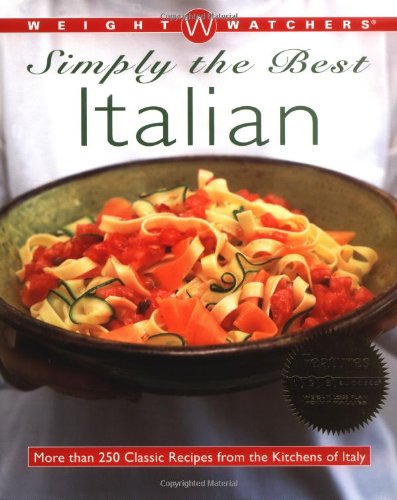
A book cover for Weight Watchers Simply the Best Italian: More than 250 Classic Recipes from the Kitchens of Italy; Weight Watchers; Health, Fitness & Dieting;